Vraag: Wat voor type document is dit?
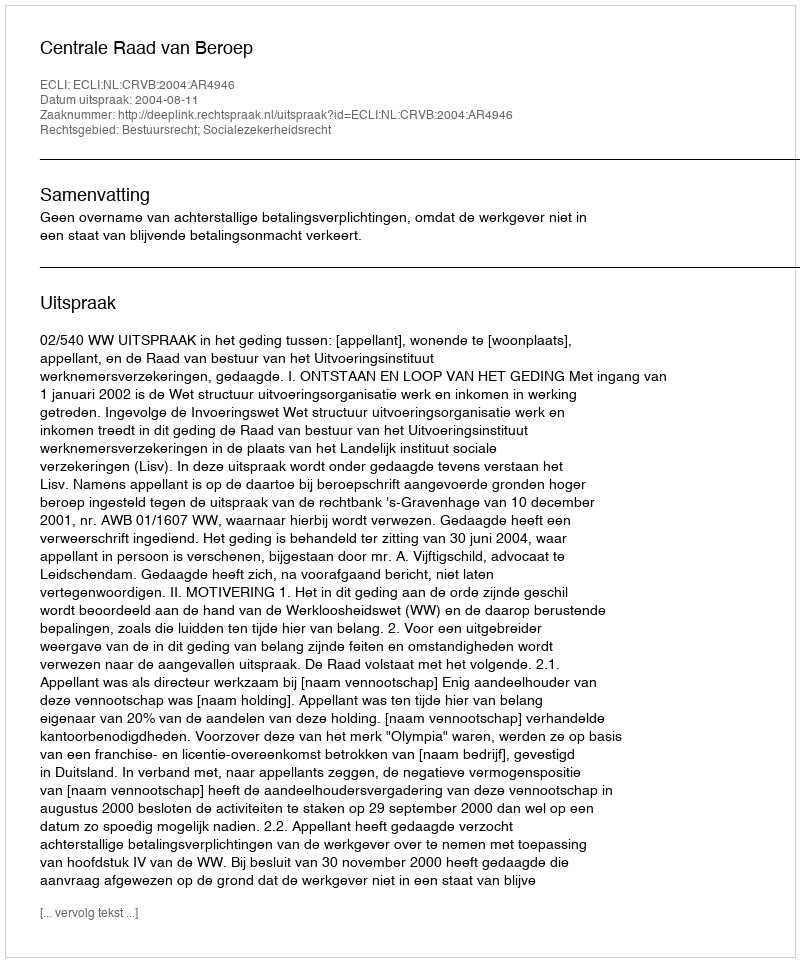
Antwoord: Uitspraak